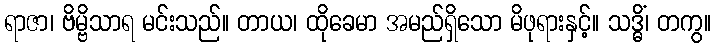
ရာဇာ၊ ဗိမ္ဗိသာရ မင်းသည်။ တာယ၊ ထိုခေမာ အမည်ရှိသော မိဖုရားနှင့်။ သဒ္ဓိံ၊ တကွ။